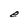
Character: e